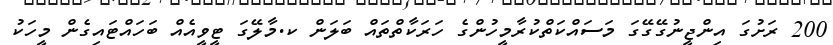
200 ރަށުގަ އިންޖީނުގޭގޭގަ މަސައްކަތްކުރާމީހުންގެ ހަރަކާތްތައް ބަލަން ކ.މާލޭގަ ޓީވީއެއް ބަހައްޓައިގެން މީހަކު